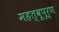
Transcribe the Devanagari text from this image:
महत्वूपूर्ण